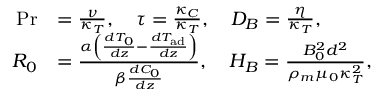
\begin{array} { r l } { \ensuremath { \mathrm { P r } } } & { = \frac { \nu } { \kappa _ { T } } , \quad \tau = \frac { \kappa _ { C } } { \kappa _ { T } } , \quad D _ { B } = \frac { \eta } { \kappa _ { T } } , } \\ { R _ { 0 } } & { = \frac { \alpha \left( \frac { d T _ { 0 } } { d z } - \frac { d T _ { \mathrm { a d } } } { d z } \right) } { \beta \frac { d C _ { 0 } } { d z } } , \quad H _ { B } = \frac { B _ { 0 } ^ { 2 } d ^ { 2 } } { \rho _ { m } \mu _ { 0 } \kappa _ { T } ^ { 2 } } , } \end{array}